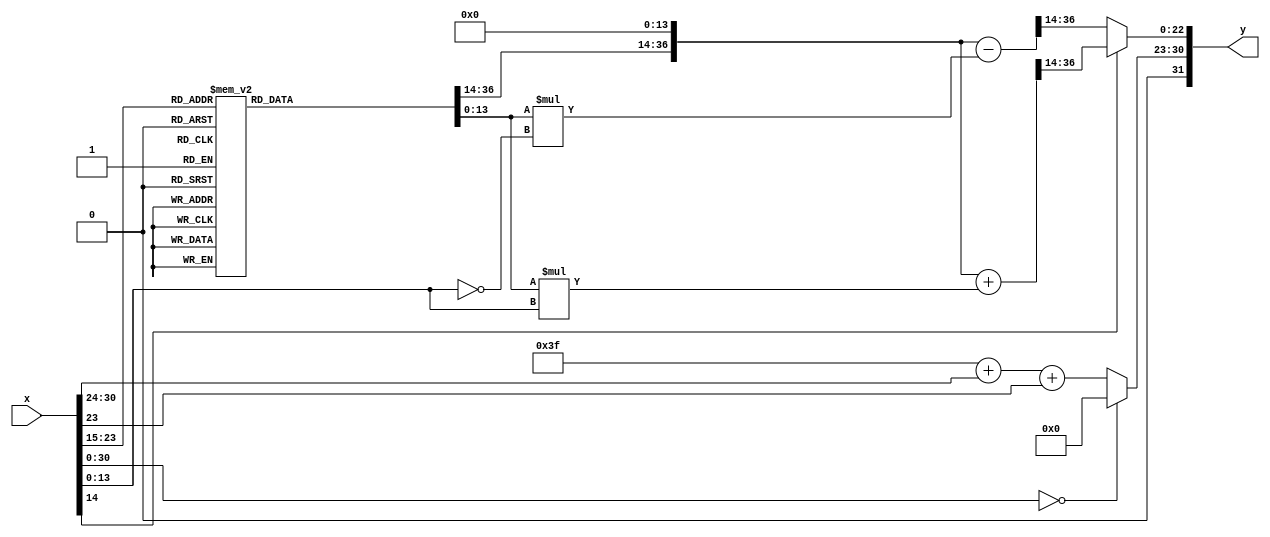
module fsqrt(
    input wire [31:0] x,
    output wire [31:0] y);

    function [36:0] TDATA (
	input [8:0] KEY
    );
    begin
        case(KEY)
        9'd256: TDATA = 37'b0000000000111111111100101111111111000;
        9'd257: TDATA = 37'b0000000010111111101100101111111101000;
        9'd258: TDATA = 37'b0000000100111111001100101111111011000;
        9'd259: TDATA = 37'b0000000110111110011101001111111001001;
        9'd260: TDATA = 37'b0000001000111101011110001111110111001;
        9'd261: TDATA = 37'b0000001010111100001111001111110101001;
        9'd262: TDATA = 37'b0000001100111010110000101111110011010;
        9'd263: TDATA = 37'b0000001110111001000011001111110001011;
        9'd264: TDATA = 37'b0000010000110111000110001111101111011;
        9'd265: TDATA = 37'b0000010010110100111001101111101101100;
        9'd266: TDATA = 37'b0000010100110010011110001111101011101;
        9'd267: TDATA = 37'b0000010110101111110011101111101001110;
        9'd268: TDATA = 37'b0000011000101100111010001111100111111;
        9'd269: TDATA = 37'b0000011010101001110001101111100110000;
        9'd270: TDATA = 37'b0000011100100110011010101111100100001;
        9'd271: TDATA = 37'b0000011110100010110100101111100010011;
        9'd272: TDATA = 37'b0000100000011111000000001111100000100;
        9'd273: TDATA = 37'b0000100010011010111101001111011110110;
        9'd274: TDATA = 37'b0000100100010110101011001111011100111;
        9'd275: TDATA = 37'b0000100110010010001011001111011011001;
        9'd276: TDATA = 37'b0000101000001101011100101111011001010;
        9'd277: TDATA = 37'b0000101010001000100000001111010111100;
        9'd278: TDATA = 37'b0000101100000011010101101111010101110;
        9'd279: TDATA = 37'b0000101101111101111100101111010100000;
        9'd280: TDATA = 37'b0000101111111000010101101111010010010;
        9'd281: TDATA = 37'b0000110001110010100000101111010000100;
        9'd282: TDATA = 37'b0000110011101100011101101111001110110;
        9'd283: TDATA = 37'b0000110101100110001101001111001101001;
        9'd284: TDATA = 37'b0000110111011111101111001111001011011;
        9'd285: TDATA = 37'b0000111001011001000011001111001001101;
        9'd286: TDATA = 37'b0000111011010010001001101111001000000;
        9'd287: TDATA = 37'b0000111101001011000010101111000110010;
        9'd288: TDATA = 37'b0000111111000011101110001111000100101;
        9'd289: TDATA = 37'b0001000000111100001100001111000010111;
        9'd290: TDATA = 37'b0001000010110100011100101111000001010;
        9'd291: TDATA = 37'b0001000100101100100000101110111111101;
        9'd292: TDATA = 37'b0001000110100100010110101110111110000;
        9'd293: TDATA = 37'b0001001000011100000000001110111100011;
        9'd294: TDATA = 37'b0001001010010011011100101110111010110;
        9'd295: TDATA = 37'b0001001100001010101011101110111001001;
        9'd296: TDATA = 37'b0001001110000001101110001110110111100;
        9'd297: TDATA = 37'b0001001111111000100011101110110101111;
        9'd298: TDATA = 37'b0001010001101111001100101110110100010;
        9'd299: TDATA = 37'b0001010011100101101000101110110010110;
        9'd300: TDATA = 37'b0001010101011011111000001110110001001;
        9'd301: TDATA = 37'b0001010111010001111011001110101111101;
        9'd302: TDATA = 37'b0001011001000111110001001110101110000;
        9'd303: TDATA = 37'b0001011010111101011011001110101100100;
        9'd304: TDATA = 37'b0001011100110010111000101110101010111;
        9'd305: TDATA = 37'b0001011110101000001001101110101001011;
        9'd306: TDATA = 37'b0001100000011101001110101110100111111;
        9'd307: TDATA = 37'b0001100010010010000111101110100110011;
        9'd308: TDATA = 37'b0001100100000110110100001110100100110;
        9'd309: TDATA = 37'b0001100101111011010100001110100011010;
        9'd310: TDATA = 37'b0001100111101111101000101110100001110;
        9'd311: TDATA = 37'b0001101001100011110001001110100000010;
        9'd312: TDATA = 37'b0001101011010111101101101110011110111;
        9'd313: TDATA = 37'b0001101101001011011110001110011101011;
        9'd314: TDATA = 37'b0001101110111111000011001110011011111;
        9'd315: TDATA = 37'b0001110000110010011100001110011010011;
        9'd316: TDATA = 37'b0001110010100101101001101110011001000;
        9'd317: TDATA = 37'b0001110100011000101011001110010111100;
        9'd318: TDATA = 37'b0001110110001011100001101110010110000;
        9'd319: TDATA = 37'b0001110111111110001100001110010100101;
        9'd320: TDATA = 37'b0001111001110000101011001110010011001;
        9'd321: TDATA = 37'b0001111011100010111111001110010001110;
        9'd322: TDATA = 37'b0001111101010101000111001110010000011;
        9'd323: TDATA = 37'b0001111111000111000100001110001110111;
        9'd324: TDATA = 37'b0010000000111000110110001110001101100;
        9'd325: TDATA = 37'b0010000010101010011100101110001100001;
        9'd326: TDATA = 37'b0010000100011011111000001110001010110;
        9'd327: TDATA = 37'b0010000110001101001000101110001001011;
        9'd328: TDATA = 37'b0010000111111110001101101110001000000;
        9'd329: TDATA = 37'b0010001001101111000111101110000110101;
        9'd330: TDATA = 37'b0010001011011111110111001110000101010;
        9'd331: TDATA = 37'b0010001101010000011011101110000011111;
        9'd332: TDATA = 37'b0010001111000000110101001110000010100;
        9'd333: TDATA = 37'b0010010000110001000011101110000001001;
        9'd334: TDATA = 37'b0010010010100001000111101101111111111;
        9'd335: TDATA = 37'b0010010100010001000001001101111110100;
        9'd336: TDATA = 37'b0010010110000000101111101101111101001;
        9'd337: TDATA = 37'b0010010111110000010011101101111011111;
        9'd338: TDATA = 37'b0010011001011111101100101101111010100;
        9'd339: TDATA = 37'b0010011011001110111011101101111001010;
        9'd340: TDATA = 37'b0010011100111110000000001101110111111;
        9'd341: TDATA = 37'b0010011110101100111010001101110110101;
        9'd342: TDATA = 37'b0010100000011011101001101101110101010;
        9'd343: TDATA = 37'b0010100010001010001110101101110100000;
        9'd344: TDATA = 37'b0010100011111000101001101101110010110;
        9'd345: TDATA = 37'b0010100101100110111010101101110001100;
        9'd346: TDATA = 37'b0010100111010101000000101101110000001;
        9'd347: TDATA = 37'b0010101001000010111101001101101110111;
        9'd348: TDATA = 37'b0010101010110000101111001101101101101;
        9'd349: TDATA = 37'b0010101100011110010111101101101100011;
        9'd350: TDATA = 37'b0010101110001011110101101101101011001;
        9'd351: TDATA = 37'b0010101111111001001001101101101001111;
        9'd352: TDATA = 37'b0010110001100110010011101101101000101;
        9'd353: TDATA = 37'b0010110011010011010100001101100111011;
        9'd354: TDATA = 37'b0010110101000000001010101101100110001;
        9'd355: TDATA = 37'b0010110110101100110111001101100101000;
        9'd356: TDATA = 37'b0010111000011001011010001101100011110;
        9'd357: TDATA = 37'b0010111010000101110011001101100010100;
        9'd358: TDATA = 37'b0010111011110010000010001101100001011;
        9'd359: TDATA = 37'b0010111101011110001000001101100000001;
        9'd360: TDATA = 37'b0010111111001010000100001101011110111;
        9'd361: TDATA = 37'b0011000000110101110110101101011101110;
        9'd362: TDATA = 37'b0011000010100001011111101101011100100;
        9'd363: TDATA = 37'b0011000100001100111111001101011011011;
        9'd364: TDATA = 37'b0011000101111000010101001101011010001;
        9'd365: TDATA = 37'b0011000111100011100001101101011001000;
        9'd366: TDATA = 37'b0011001001001110100101001101010111111;
        9'd367: TDATA = 37'b0011001010111001011111001101010110101;
        9'd368: TDATA = 37'b0011001100100100001111101101010101100;
        9'd369: TDATA = 37'b0011001110001110110111001101010100011;
        9'd370: TDATA = 37'b0011001111111001010101001101010011010;
        9'd371: TDATA = 37'b0011010001100011101010001101010010000;
        9'd372: TDATA = 37'b0011010011001101110101101101010000111;
        9'd373: TDATA = 37'b0011010100110111111000101101001111110;
        9'd374: TDATA = 37'b0011010110100001110010001101001110101;
        9'd375: TDATA = 37'b0011011000001011100010101101001101100;
        9'd376: TDATA = 37'b0011011001110101001010001101001100011;
        9'd377: TDATA = 37'b0011011011011110101000101101001011010;
        9'd378: TDATA = 37'b0011011101000111111110001101001010001;
        9'd379: TDATA = 37'b0011011110110001001011001101001001000;
        9'd380: TDATA = 37'b0011100000011010001110101101000111111;
        9'd381: TDATA = 37'b0011100010000011001001101101000110111;
        9'd382: TDATA = 37'b0011100011101011111100001101000101110;
        9'd383: TDATA = 37'b0011100101010100100101101101000100101;
        9'd384: TDATA = 37'b0011100110111101000110001101000011100;
        9'd385: TDATA = 37'b0011101000100101011110001101000010100;
        9'd386: TDATA = 37'b0011101010001101101101101101000001011;
        9'd387: TDATA = 37'b0011101011110101110100101101000000010;
        9'd388: TDATA = 37'b0011101101011101110010101100111111010;
        9'd389: TDATA = 37'b0011101111000101101000001100111110001;
        9'd390: TDATA = 37'b0011110000101101010101001100111101001;
        9'd391: TDATA = 37'b0011110010010100111010001100111100000;
        9'd392: TDATA = 37'b0011110011111100010110001100111011000;
        9'd393: TDATA = 37'b0011110101100011101001101100111010000;
        9'd394: TDATA = 37'b0011110111001010110101001100111000111;
        9'd395: TDATA = 37'b0011111000110001111000001100110111111;
        9'd396: TDATA = 37'b0011111010011000110010101100110110110;
        9'd397: TDATA = 37'b0011111011111111100101001100110101110;
        9'd398: TDATA = 37'b0011111101100110001111001100110100110;
        9'd399: TDATA = 37'b0011111111001100110000101100110011110;
        9'd400: TDATA = 37'b0100000000110011001010101100110010110;
        9'd401: TDATA = 37'b0100000010011001011011101100110001101;
        9'd402: TDATA = 37'b0100000011111111100101001100110000101;
        9'd403: TDATA = 37'b0100000101100101100110001100101111101;
        9'd404: TDATA = 37'b0100000111001011011111001100101110101;
        9'd405: TDATA = 37'b0100001000110001010000001100101101101;
        9'd406: TDATA = 37'b0100001010010110111001001100101100101;
        9'd407: TDATA = 37'b0100001011111100011010001100101011101;
        9'd408: TDATA = 37'b0100001101100001110011101100101010101;
        9'd409: TDATA = 37'b0100001111000111000100101100101001101;
        9'd410: TDATA = 37'b0100010000101100001101101100101000101;
        9'd411: TDATA = 37'b0100010010010001001111001100100111101;
        9'd412: TDATA = 37'b0100010011110110001000101100100110110;
        9'd413: TDATA = 37'b0100010101011010111010001100100101110;
        9'd414: TDATA = 37'b0100010110111111100100001100100100110;
        9'd415: TDATA = 37'b0100011000100100000110001100100011110;
        9'd416: TDATA = 37'b0100011010001000100000001100100010110;
        9'd417: TDATA = 37'b0100011011101100110011001100100001111;
        9'd418: TDATA = 37'b0100011101010000111110001100100000111;
        9'd419: TDATA = 37'b0100011110110101000001001100011111111;
        9'd420: TDATA = 37'b0100100000011000111100101100011111000;
        9'd421: TDATA = 37'b0100100001111100110001001100011110000;
        9'd422: TDATA = 37'b0100100011100000011101001100011101001;
        9'd423: TDATA = 37'b0100100101000100000010001100011100001;
        9'd424: TDATA = 37'b0100100110100111011111101100011011010;
        9'd425: TDATA = 37'b0100101000001010110101101100011010010;
        9'd426: TDATA = 37'b0100101001101110000100001100011001011;
        9'd427: TDATA = 37'b0100101011010001001011001100011000011;
        9'd428: TDATA = 37'b0100101100110100001010101100010111100;
        9'd429: TDATA = 37'b0100101110010111000011001100010110101;
        9'd430: TDATA = 37'b0100101111111001110011101100010101101;
        9'd431: TDATA = 37'b0100110001011100011101001100010100110;
        9'd432: TDATA = 37'b0100110010111110111111101100010011111;
        9'd433: TDATA = 37'b0100110100100001011010101100010010111;
        9'd434: TDATA = 37'b0100110110000011101110001100010010000;
        9'd435: TDATA = 37'b0100110111100101111010101100010001001;
        9'd436: TDATA = 37'b0100111001000111111111101100010000010;
        9'd437: TDATA = 37'b0100111010101001111101101100001111010;
        9'd438: TDATA = 37'b0100111100001011110100101100001110011;
        9'd439: TDATA = 37'b0100111101101101100100001100001101100;
        9'd440: TDATA = 37'b0100111111001111001101001100001100101;
        9'd441: TDATA = 37'b0101000000110000101110101100001011110;
        9'd442: TDATA = 37'b0101000010010010001001001100001010111;
        9'd443: TDATA = 37'b0101000011110011011100101100001010000;
        9'd444: TDATA = 37'b0101000101010100101000101100001001001;
        9'd445: TDATA = 37'b0101000110110101101110001100001000010;
        9'd446: TDATA = 37'b0101001000010110101100101100000111011;
        9'd447: TDATA = 37'b0101001001110111100100001100000110100;
        9'd448: TDATA = 37'b0101001011011000010100101100000101101;
        9'd449: TDATA = 37'b0101001100111000111110001100000100110;
        9'd450: TDATA = 37'b0101001110011001100001001100000011111;
        9'd451: TDATA = 37'b0101001111111001111101001100000011001;
        9'd452: TDATA = 37'b0101010001011010010010001100000010010;
        9'd453: TDATA = 37'b0101010010111010100000101100000001011;
        9'd454: TDATA = 37'b0101010100011010101000001100000000100;
        9'd455: TDATA = 37'b0101010101111010101000101011111111101;
        9'd456: TDATA = 37'b0101010111011010100010101011111110111;
        9'd457: TDATA = 37'b0101011000111010010110001011111110000;
        9'd458: TDATA = 37'b0101011010011010000010101011111101001;
        9'd459: TDATA = 37'b0101011011111001101000101011111100011;
        9'd460: TDATA = 37'b0101011101011001000111101011111011100;
        9'd461: TDATA = 37'b0101011110111000100000101011111010101;
        9'd462: TDATA = 37'b0101100000010111110010101011111001111;
        9'd463: TDATA = 37'b0101100001110110111110001011111001000;
        9'd464: TDATA = 37'b0101100011010110000010101011111000010;
        9'd465: TDATA = 37'b0101100100110101000001001011110111011;
        9'd466: TDATA = 37'b0101100110010011111001001011110110101;
        9'd467: TDATA = 37'b0101100111110010101010001011110101110;
        9'd468: TDATA = 37'b0101101001010001010101001011110101000;
        9'd469: TDATA = 37'b0101101010101111111001001011110100001;
        9'd470: TDATA = 37'b0101101100001110010111001011110011011;
        9'd471: TDATA = 37'b0101101101101100101110101011110010100;
        9'd472: TDATA = 37'b0101101111001010111111101011110001110;
        9'd473: TDATA = 37'b0101110000101001001010101011110001000;
        9'd474: TDATA = 37'b0101110010000111001110101011110000001;
        9'd475: TDATA = 37'b0101110011100101001100101011101111011;
        9'd476: TDATA = 37'b0101110101000011000100101011101110101;
        9'd477: TDATA = 37'b0101110110100000110110001011101101110;
        9'd478: TDATA = 37'b0101110111111110100001001011101101000;
        9'd479: TDATA = 37'b0101111001011100000101101011101100010;
        9'd480: TDATA = 37'b0101111010111001100100101011101011011;
        9'd481: TDATA = 37'b0101111100010110111100101011101010101;
        9'd482: TDATA = 37'b0101111101110100001111001011101001111;
        9'd483: TDATA = 37'b0101111111010001011011001011101001001;
        9'd484: TDATA = 37'b0110000000101110100000101011101000011;
        9'd485: TDATA = 37'b0110000010001011100000101011100111101;
        9'd486: TDATA = 37'b0110000011101000011010001011100110110;
        9'd487: TDATA = 37'b0110000101000101001101101011100110000;
        9'd488: TDATA = 37'b0110000110100001111010101011100101010;
        9'd489: TDATA = 37'b0110000111111110100010001011100100100;
        9'd490: TDATA = 37'b0110001001011011000011001011100011110;
        9'd491: TDATA = 37'b0110001010110111011110101011100011000;
        9'd492: TDATA = 37'b0110001100010011110011101011100010010;
        9'd493: TDATA = 37'b0110001101110000000010101011100001100;
        9'd494: TDATA = 37'b0110001111001100001100001011100000110;
        9'd495: TDATA = 37'b0110010000101000001111001011100000000;
        9'd496: TDATA = 37'b0110010010000100001100101011011111010;
        9'd497: TDATA = 37'b0110010011100000000100001011011110100;
        9'd498: TDATA = 37'b0110010100111011110101101011011101111;
        9'd499: TDATA = 37'b0110010110010111100001001011011101001;
        9'd500: TDATA = 37'b0110010111110011000110101011011100011;
        9'd501: TDATA = 37'b0110011001001110100110101011011011101;
        9'd502: TDATA = 37'b0110011010101010000000101011011010111;
        9'd503: TDATA = 37'b0110011100000101010101001011011010001;
        9'd504: TDATA = 37'b0110011101100000100011001011011001100;
        9'd505: TDATA = 37'b0110011110111011101100001011011000110;
        9'd506: TDATA = 37'b0110100000010110101110101011011000000;
        9'd507: TDATA = 37'b0110100001110001101100001011010111010;
        9'd508: TDATA = 37'b0110100011001100100011001011010110101;
        9'd509: TDATA = 37'b0110100100100111010101001011010101111;
        9'd510: TDATA = 37'b0110100110000010000001001011010101001;
        9'd511: TDATA = 37'b0110100111011100100111001011010100011;
        9'd0: TDATA = 37'b0110101001100100010110010110100110110;
        9'd1: TDATA = 37'b0110101100011001000000110110100011111;
        9'd2: TDATA = 37'b0110101111001101010101010110100001001;
        9'd3: TDATA = 37'b0110110010000001010011010110011110011;
        9'd4: TDATA = 37'b0110110100110100111010110110011011101;
        9'd5: TDATA = 37'b0110110111101000001100110110011000111;
        9'd6: TDATA = 37'b0110111010011011001000010110010110001;
        9'd7: TDATA = 37'b0110111101001101101110010110010011011;
        9'd8: TDATA = 37'b0110111111111111111110110110010000110;
        9'd9: TDATA = 37'b0111000010110001111001110110001110000;
        9'd10: TDATA = 37'b0111000101100011011110110110001011011;
        9'd11: TDATA = 37'b0111001000010100101111010110001000101;
        9'd12: TDATA = 37'b0111001011000101101001110110000110000;
        9'd13: TDATA = 37'b0111001101110110001111110110000011011;
        9'd14: TDATA = 37'b0111010000100110100000110110000000110;
        9'd15: TDATA = 37'b0111010011010110011100110101111110010;
        9'd16: TDATA = 37'b0111010110000110000100010101111011101;
        9'd17: TDATA = 37'b0111011000110101010110110101111001000;
        9'd18: TDATA = 37'b0111011011100100010101010101110110100;
        9'd19: TDATA = 37'b0111011110010010111110110101110100000;
        9'd20: TDATA = 37'b0111100001000001010100010101110001011;
        9'd21: TDATA = 37'b0111100011101111010101110101101110111;
        9'd22: TDATA = 37'b0111100110011101000011010101101100011;
        9'd23: TDATA = 37'b0111101001001010011100110101101010000;
        9'd24: TDATA = 37'b0111101011110111100010010101100111100;
        9'd25: TDATA = 37'b0111101110100100010100010101100101000;
        9'd26: TDATA = 37'b0111110001010000110010010101100010100;
        9'd27: TDATA = 37'b0111110011111100111101010101100000001;
        9'd28: TDATA = 37'b0111110110101000110100110101011101110;
        9'd29: TDATA = 37'b0111111001010100011000110101011011010;
        9'd30: TDATA = 37'b0111111011111111101001010101011000111;
        9'd31: TDATA = 37'b0111111110101010100111010101010110100;
        9'd32: TDATA = 37'b1000000001010101010001110101010100001;
        9'd33: TDATA = 37'b1000000011111111101001010101010001110;
        9'd34: TDATA = 37'b1000000110101001101110010101001111100;
        9'd35: TDATA = 37'b1000001001010011100000110101001101001;
        9'd36: TDATA = 37'b1000001011111101000000010101001010110;
        9'd37: TDATA = 37'b1000001110100110001101010101001000100;
        9'd38: TDATA = 37'b1000010001001111000111110101000110001;
        9'd39: TDATA = 37'b1000010011110111110000010101000011111;
        9'd40: TDATA = 37'b1000010110100000000110010101000001101;
        9'd41: TDATA = 37'b1000011001001000001010010100111111011;
        9'd42: TDATA = 37'b1000011011101111111100010100111101001;
        9'd43: TDATA = 37'b1000011110010111011011110100111010111;
        9'd44: TDATA = 37'b1000100000111110101001110100111000101;
        9'd45: TDATA = 37'b1000100011100101100110010100110110011;
        9'd46: TDATA = 37'b1000100110001100010000110100110100010;
        9'd47: TDATA = 37'b1000101000110010101001010100110010000;
        9'd48: TDATA = 37'b1000101011011000110000110100101111111;
        9'd49: TDATA = 37'b1000101101111110100110110100101101101;
        9'd50: TDATA = 37'b1000110000100100001011010100101011100;
        9'd51: TDATA = 37'b1000110011001001011110110100101001011;
        9'd52: TDATA = 37'b1000110101101110100000110100100111010;
        9'd53: TDATA = 37'b1000111000010011010001110100100101000;
        9'd54: TDATA = 37'b1000111010110111110001110100100010111;
        9'd55: TDATA = 37'b1000111101011100000000110100100000111;
        9'd56: TDATA = 37'b1000111111111111111110110100011110110;
        9'd57: TDATA = 37'b1001000010100011101100010100011100101;
        9'd58: TDATA = 37'b1001000101000111001000110100011010100;
        9'd59: TDATA = 37'b1001000111101010010100110100011000100;
        9'd60: TDATA = 37'b1001001010001101010000010100010110011;
        9'd61: TDATA = 37'b1001001100101111111011010100010100011;
        9'd62: TDATA = 37'b1001001111010010010110010100010010011;
        9'd63: TDATA = 37'b1001010001110100100000110100010000010;
        9'd64: TDATA = 37'b1001010100010110011010110100001110010;
        9'd65: TDATA = 37'b1001010110111000000100110100001100010;
        9'd66: TDATA = 37'b1001011001011001011110110100001010010;
        9'd67: TDATA = 37'b1001011011111010101000110100001000010;
        9'd68: TDATA = 37'b1001011110011011100010110100000110010;
        9'd69: TDATA = 37'b1001100000111100001100110100000100010;
        9'd70: TDATA = 37'b1001100011011100100111010100000010010;
        9'd71: TDATA = 37'b1001100101111100110001110100000000011;
        9'd72: TDATA = 37'b1001101000011100101100110011111110011;
        9'd73: TDATA = 37'b1001101010111100011000010011111100100;
        9'd74: TDATA = 37'b1001101101011011110100010011111010100;
        9'd75: TDATA = 37'b1001101111111011000000110011111000101;
        9'd76: TDATA = 37'b1001110010011001111101110011110110110;
        9'd77: TDATA = 37'b1001110100111000101011110011110100110;
        9'd78: TDATA = 37'b1001110111010111001010010011110010111;
        9'd79: TDATA = 37'b1001111001110101011001110011110001000;
        9'd80: TDATA = 37'b1001111100010011011010010011101111001;
        9'd81: TDATA = 37'b1001111110110001001011110011101101010;
        9'd82: TDATA = 37'b1010000001001110101110010011101011011;
        9'd83: TDATA = 37'b1010000011101100000001110011101001100;
        9'd84: TDATA = 37'b1010000110001001000110010011100111101;
        9'd85: TDATA = 37'b1010001000100101111100010011100101111;
        9'd86: TDATA = 37'b1010001011000010100011110011100100000;
        9'd87: TDATA = 37'b1010001101011110111100110011100010001;
        9'd88: TDATA = 37'b1010001111111011000110110011100000011;
        9'd89: TDATA = 37'b1010010010010111000010010011011110100;
        9'd90: TDATA = 37'b1010010100110010101111110011011100110;
        9'd91: TDATA = 37'b1010010111001110001110010011011011000;
        9'd92: TDATA = 37'b1010011001101001011110110011011001001;
        9'd93: TDATA = 37'b1010011100000100100001010011010111011;
        9'd94: TDATA = 37'b1010011110011111010101010011010101101;
        9'd95: TDATA = 37'b1010100000111001111011010011010011111;
        9'd96: TDATA = 37'b1010100011010100010011010011010010001;
        9'd97: TDATA = 37'b1010100101101110011101010011010000011;
        9'd98: TDATA = 37'b1010101000001000011001010011001110101;
        9'd99: TDATA = 37'b1010101010100010000111010011001100111;
        9'd100: TDATA = 37'b1010101100111011100111110011001011001;
        9'd101: TDATA = 37'b1010101111010100111010010011001001100;
        9'd102: TDATA = 37'b1010110001101101111110110011000111110;
        9'd103: TDATA = 37'b1010110100000110110101110011000110000;
        9'd104: TDATA = 37'b1010110110011111011111010011000100011;
        9'd105: TDATA = 37'b1010111000110111111011010011000010101;
        9'd106: TDATA = 37'b1010111011010000001001110011000001000;
        9'd107: TDATA = 37'b1010111101101000001011010010111111010;
        9'd108: TDATA = 37'b1010111111111111111110110010111101101;
        9'd109: TDATA = 37'b1011000010010111100101010010111100000;
        9'd110: TDATA = 37'b1011000100101110111110010010111010011;
        9'd111: TDATA = 37'b1011000111000110001010010010111000101;
        9'd112: TDATA = 37'b1011001001011101001000110010110111000;
        9'd113: TDATA = 37'b1011001011110011111010110010110101011;
        9'd114: TDATA = 37'b1011001110001010011111010010110011110;
        9'd115: TDATA = 37'b1011010000100000110110110010110010001;
        9'd116: TDATA = 37'b1011010010110111000001010010110000100;
        9'd117: TDATA = 37'b1011010101001100111111010010101110111;
        9'd118: TDATA = 37'b1011010111100010110000010010101101011;
        9'd119: TDATA = 37'b1011011001111000010100010010101011110;
        9'd120: TDATA = 37'b1011011100001101101011110010101010001;
        9'd121: TDATA = 37'b1011011110100010110110010010101000100;
        9'd122: TDATA = 37'b1011100000110111110100110010100111000;
        9'd123: TDATA = 37'b1011100011001100100110010010100101011;
        9'd124: TDATA = 37'b1011100101100001001011010010100011111;
        9'd125: TDATA = 37'b1011100111110101100011010010100010010;
        9'd126: TDATA = 37'b1011101010001001101111110010100000110;
        9'd127: TDATA = 37'b1011101100011101101111010010011111001;
        9'd128: TDATA = 37'b1011101110110001100010010010011101101;
        9'd129: TDATA = 37'b1011110001000101001001110010011100001;
        9'd130: TDATA = 37'b1011110011011000100100010010011010101;
        9'd131: TDATA = 37'b1011110101101011110010110010011001000;
        9'd132: TDATA = 37'b1011110111111110110101010010010111100;
        9'd133: TDATA = 37'b1011111010010001101011110010010110000;
        9'd134: TDATA = 37'b1011111100100100010101110010010100100;
        9'd135: TDATA = 37'b1011111110110110110100010010010011000;
        9'd136: TDATA = 37'b1100000001001001000110010010010001100;
        9'd137: TDATA = 37'b1100000011011011001100110010010000000;
        9'd138: TDATA = 37'b1100000101101101000111010010001110101;
        9'd139: TDATA = 37'b1100000111111110110101110010001101001;
        9'd140: TDATA = 37'b1100001010010000011000110010001011101;
        9'd141: TDATA = 37'b1100001100100001101111110010001010001;
        9'd142: TDATA = 37'b1100001110110010111011010010001000110;
        9'd143: TDATA = 37'b1100010001000011111011010010000111010;
        9'd144: TDATA = 37'b1100010011010100101111010010000101110;
        9'd145: TDATA = 37'b1100010101100101011000010010000100011;
        9'd146: TDATA = 37'b1100010111110101110101010010000010111;
        9'd147: TDATA = 37'b1100011010000110000110110010000001100;
        9'd148: TDATA = 37'b1100011100010110001100110010000000000;
        9'd149: TDATA = 37'b1100011110100110000111110001111110101;
        9'd150: TDATA = 37'b1100100000110101110111010001111101010;
        9'd151: TDATA = 37'b1100100011000101011011010001111011111;
        9'd152: TDATA = 37'b1100100101010100110100010001111010011;
        9'd153: TDATA = 37'b1100100111100100000001110001111001000;
        9'd154: TDATA = 37'b1100101001110011000100010001110111101;
        9'd155: TDATA = 37'b1100101100000001111011110001110110010;
        9'd156: TDATA = 37'b1100101110010000100111110001110100111;
        9'd157: TDATA = 37'b1100110000011111001001010001110011100;
        9'd158: TDATA = 37'b1100110010101101011111010001110010001;
        9'd159: TDATA = 37'b1100110100111011101010010001110000110;
        9'd160: TDATA = 37'b1100110111001001101010110001101111011;
        9'd161: TDATA = 37'b1100111001010111011111110001101110000;
        9'd162: TDATA = 37'b1100111011100101001010010001101100101;
        9'd163: TDATA = 37'b1100111101110010101001110001101011010;
        9'd164: TDATA = 37'b1100111111111111111110110001101001111;
        9'd165: TDATA = 37'b1101000010001101001000110001101000101;
        9'd166: TDATA = 37'b1101000100011010001000010001100111010;
        9'd167: TDATA = 37'b1101000110100110111100110001100101111;
        9'd168: TDATA = 37'b1101001000110011100110110001100100101;
        9'd169: TDATA = 37'b1101001011000000000110010001100011010;
        9'd170: TDATA = 37'b1101001101001100011011010001100010000;
        9'd171: TDATA = 37'b1101001111011000100101110001100000101;
        9'd172: TDATA = 37'b1101010001100100100101110001011111011;
        9'd173: TDATA = 37'b1101010011110000011011010001011110000;
        9'd174: TDATA = 37'b1101010101111100000110010001011100110;
        9'd175: TDATA = 37'b1101011000000111100110110001011011011;
        9'd176: TDATA = 37'b1101011010010010111101010001011010001;
        9'd177: TDATA = 37'b1101011100011110001001010001011000111;
        9'd178: TDATA = 37'b1101011110101001001010110001010111101;
        9'd179: TDATA = 37'b1101100000110100000010010001010110010;
        9'd180: TDATA = 37'b1101100010111110101111110001010101000;
        9'd181: TDATA = 37'b1101100101001001010010110001010011110;
        9'd182: TDATA = 37'b1101100111010011101011110001010010100;
        9'd183: TDATA = 37'b1101101001011101111010110001010001010;
        9'd184: TDATA = 37'b1101101011100111111111110001010000000;
        9'd185: TDATA = 37'b1101101101110001111010110001001110110;
        9'd186: TDATA = 37'b1101101111111011101011010001001101100;
        9'd187: TDATA = 37'b1101110010000101010010010001001100010;
        9'd188: TDATA = 37'b1101110100001110101111010001001011000;
        9'd189: TDATA = 37'b1101110110011000000010010001001001110;
        9'd190: TDATA = 37'b1101111000100001001011110001001000100;
        9'd191: TDATA = 37'b1101111010101010001010110001000111011;
        9'd192: TDATA = 37'b1101111100110011000000110001000110001;
        9'd193: TDATA = 37'b1101111110111011101100010001000100111;
        9'd194: TDATA = 37'b1110000001000100001110110001000011101;
        9'd195: TDATA = 37'b1110000011001100100111010001000010100;
        9'd196: TDATA = 37'b1110000101010100110101110001000001010;
        9'd197: TDATA = 37'b1110000111011100111010110001000000000;
        9'd198: TDATA = 37'b1110001001100100110110110000111110111;
        9'd199: TDATA = 37'b1110001011101100101000110000111101101;
        9'd200: TDATA = 37'b1110001101110100010000110000111100100;
        9'd201: TDATA = 37'b1110001111111011101111110000111011010;
        9'd202: TDATA = 37'b1110010010000011000101010000111010001;
        9'd203: TDATA = 37'b1110010100001010010001010000111000111;
        9'd204: TDATA = 37'b1110010110010001010100010000110111110;
        9'd205: TDATA = 37'b1110011000011000001101010000110110101;
        9'd206: TDATA = 37'b1110011010011110111101010000110101011;
        9'd207: TDATA = 37'b1110011100100101100011110000110100010;
        9'd208: TDATA = 37'b1110011110101100000001010000110011001;
        9'd209: TDATA = 37'b1110100000110010010101010000110001111;
        9'd210: TDATA = 37'b1110100010111000011111110000110000110;
        9'd211: TDATA = 37'b1110100100111110100001110000101111101;
        9'd212: TDATA = 37'b1110100111000100011010010000101110100;
        9'd213: TDATA = 37'b1110101001001010001001010000101101011;
        9'd214: TDATA = 37'b1110101011001111101111110000101100010;
        9'd215: TDATA = 37'b1110101101010101001100110000101011001;
        9'd216: TDATA = 37'b1110101111011010100000110000101010000;
        9'd217: TDATA = 37'b1110110001011111101011110000101000111;
        9'd218: TDATA = 37'b1110110011100100101101110000100111110;
        9'd219: TDATA = 37'b1110110101101001100110110000100110101;
        9'd220: TDATA = 37'b1110110111101110010111010000100101100;
        9'd221: TDATA = 37'b1110111001110010111110010000100100011;
        9'd222: TDATA = 37'b1110111011110111011100110000100011010;
        9'd223: TDATA = 37'b1110111101111011110010010000100010001;
        9'd224: TDATA = 37'b1110111111111111111110110000100001000;
        9'd225: TDATA = 37'b1111000010000100000010110000011111111;
        9'd226: TDATA = 37'b1111000100000111111101110000011110111;
        9'd227: TDATA = 37'b1111000110001011110000010000011101110;
        9'd228: TDATA = 37'b1111001000001111011001110000011100101;
        9'd229: TDATA = 37'b1111001010010010111010110000011011101;
        9'd230: TDATA = 37'b1111001100010110010010110000011010100;
        9'd231: TDATA = 37'b1111001110011001100010110000011001011;
        9'd232: TDATA = 37'b1111010000011100101001110000011000011;
        9'd233: TDATA = 37'b1111010010011111100111110000010111010;
        9'd234: TDATA = 37'b1111010100100010011101110000010110010;
        9'd235: TDATA = 37'b1111010110100101001011010000010101001;
        9'd236: TDATA = 37'b1111011000100111110000010000010100001;
        9'd237: TDATA = 37'b1111011010101010001100010000010011000;
        9'd238: TDATA = 37'b1111011100101100100000010000010010000;
        9'd239: TDATA = 37'b1111011110101110101011110000010000111;
        9'd240: TDATA = 37'b1111100000110000101110110000001111111;
        9'd241: TDATA = 37'b1111100010110010101001110000001110111;
        9'd242: TDATA = 37'b1111100100110100011011110000001101110;
        9'd243: TDATA = 37'b1111100110110110000110010000001100110;
        9'd244: TDATA = 37'b1111101000110111100111110000001011110;
        9'd245: TDATA = 37'b1111101010111001000001010000001010101;
        9'd246: TDATA = 37'b1111101100111010010010010000001001101;
        9'd247: TDATA = 37'b1111101110111011011011010000001000101;
        9'd248: TDATA = 37'b1111110000111100011100010000000111101;
        9'd249: TDATA = 37'b1111110010111101010100110000000110101;
        9'd250: TDATA = 37'b1111110100111110000101010000000101100;
        9'd251: TDATA = 37'b1111110110111110101101010000000100100;
        9'd252: TDATA = 37'b1111111000111111001101110000000011100;
        9'd253: TDATA = 37'b1111111010111111100101110000000010100;
        9'd254: TDATA = 37'b1111111100111111110101110000000001100;
        9'd255: TDATA = 37'b1111111110111111111101110000000000100;
        endcase
    end
    endfunction

    wire [7:0] ex;
    assign ex = x[30:23];
    
    wire [8:0] key;
    wire pm;
    wire [13:0] h;
    assign key = x[23:15];
    assign pm = x[14];
    assign h = x[13:0];

    wire [36:0] tdata;
    assign tdata = TDATA(key);

    wire [22:0] rtx0;
    wire [13:0] rtx0_inv;
    assign rtx0 = tdata[36:14];
    assign rtx0_inv = tdata[13:0];

    wire check_zero;
    assign check_zero = (x[30:0] == 31'b0);

    wire [7:0] ey;
    assign ey = (check_zero) ? 8'b0: 8'd63 + ex[7:1] + ex[0];

    wire [13:0] noth;
    assign noth = ~h;

    wire [36:0] my_extend1;
    assign my_extend1 = {rtx0,14'b0} + rtx0_inv * h;

    wire [36:0] my_extend2;
    assign my_extend2 = {rtx0,14'b0} - rtx0_inv * noth;

    wire [22:0] my;
    assign my = (pm) ? my_extend1[36:14]: my_extend2[36:14];

    assign y = {1'b0,ey,my};

endmodule